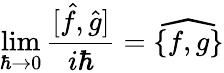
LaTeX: \operatorname*{lim}_{\hbar\rightarrow 0}\frac{[\hat{f},\hat{g}]}{i\hbar}=\widehat{\{ f,g\} }